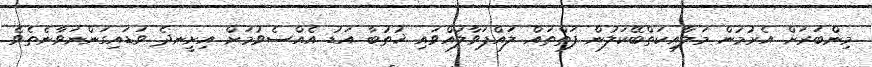
މިންބަރަށް އެރުމުން މަލާއިކަތްބޭކަލުން ފަތްތައް ލައްޕަވާލައްވައި ޚުޠުބާ އަޑު އެއްސެވުމަށް އިށީނދެ ވަޑައިގަންނަވާނެތެވެ.